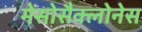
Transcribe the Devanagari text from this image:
मेंसोसैक्लोनेस